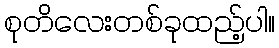
စုတိလေးတစ်ခုထည့်ပါ။